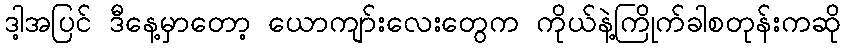
ဒါ့အပြင် ဒီနေ့မှာတော့ ယောကျာ်းလေးတွေက ကိုယ်နဲ့ကြိုက်ခါစတုန်းကဆို